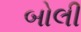
બોલી